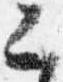
公